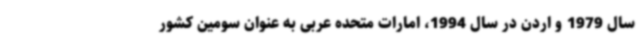
سال 1979 و اردن در سال 1994، امارات متحده عربی به عنوان سومین کشور